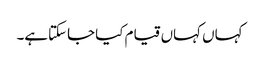
کہاں کہاں قیام کیا جاسکتاہے۔